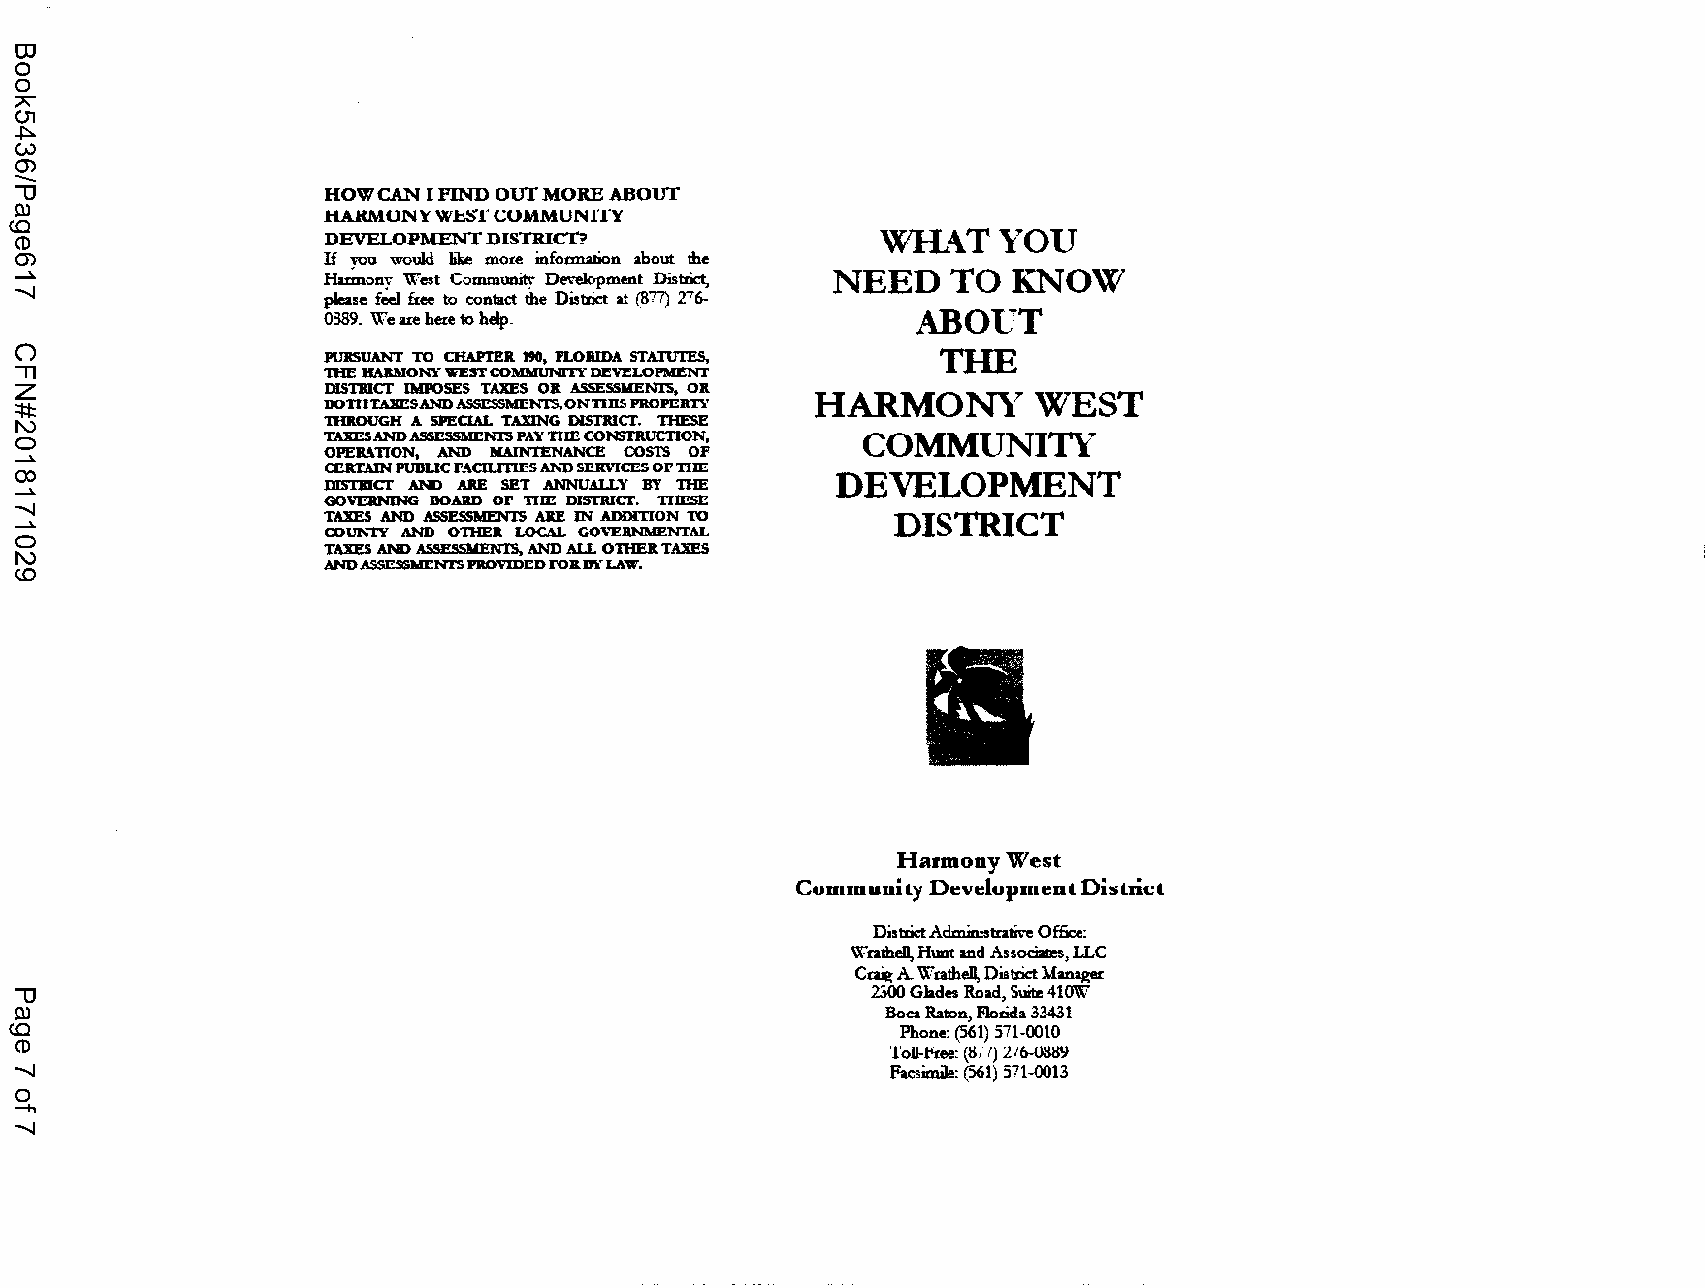
OJ
 0
 0
 A
 (.)1
 ..i:::,.
 w
 -
 0)
 "U                  HOWCAN I FIND OUT MORE ABOUT
 c0 c)               HARMONY W.bST CUMMUNlTY
 CD                  DEVELOPMENT DISTRicn                 WlL\TYOU
 0)                  If you would like moi:e infomwion about the
 ...Jo.              Haan-:>ny West G:>mmunity Development District, NEED TO KNOW
 .......J            please feel free to contact the Distnct at (877) 2'6-
 0389. We ue hei:e to help.              ABOUT
 ()                                                           THE
 PUBSUANJ TO CHAPTER. 190, fLOBIDA STATIJTES,
 " zT l              'DIE IIABMONY WEST COMMUNI'IY DEVE:LOPMENT
 DISTBICT IMPOSES TAXES OB ASSESSMENI'S, OB
 HARMONY       WEST
 =!:I:               IJOTIIL\lmSANDASSC$Ml:NI'S,ONDDSPROPEBn'
 "'                  nutOUGH A SPECIAL TAXING DISTRICT. THESE
 0                   TAXESAND ASSilSSWI':Nl'S PAY nm CONSTRUCTION, COMMUNITY
 OPEB.UlON, AND MAINTENANCE COSTS OF
 ...Jo.
 (X)                 CEKLUN PUBLIC rACJI.ITII:S Al',"I) Sl!RVICl?S ornm DEVELOPMENT
 DISTBICT AND ABE SET ANNUALLY BY THE
 ...Jo.
 GOVJ::RNING DOABD or Tim DISTRICT. TIIESE
 .......J
 TAXES AND ASSESSMENTS ABE IN ADDITION TO DISTRICT
 ...Jo.              COU!,"IY AND OTHER. LOCAL CO'l.'EllNMENTAL
 0
 "'                  TAXES AND ASSES..~ AND ALL OnfEB TAXES
 c.o                 AND ASSESSMI:NTSPROVIDED l'O&DY LAW.
 •
 Harmony West
 Community n~velupme11tDistricl
 District AdmirustJ:alive Office:
 WnlheD, Hum: and Associates, LLC
 C~A Wnthell, District Managei:
 "U                                                       2300 Glades Road, Suite410W
 0)                                                        Boca Raton, Floada 33431
 cc
 Phone: (561) 571-0010
 CD
 'l'oJl-.t'i:ee: (8; I) l16-0a89
 .......J                                                  Facsimile: (561) 571-0013
 0
 ---+,
 .......J